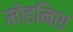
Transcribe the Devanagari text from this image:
मोहनिश